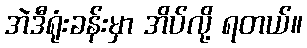
အဲဒီရုံးခန်းမှာ အိပ်လို့ ရတယ်။